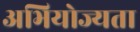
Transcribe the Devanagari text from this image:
अभियोज्यता